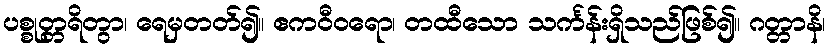
ပစ္စုတ္တရိတွာ၊ ရေမှတတ်၍။ ဧကဝီဝရော၊ တထီသော သင်္ကန်းရှိသည်ဖြစ်၍။ ဂတ္တာနိ၊